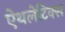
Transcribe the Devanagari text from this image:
ऐथलेटिक्स